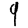
Digit: 9